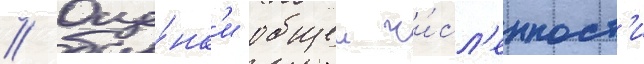
// Оце́нк'и общеи чи́сл'енност'и